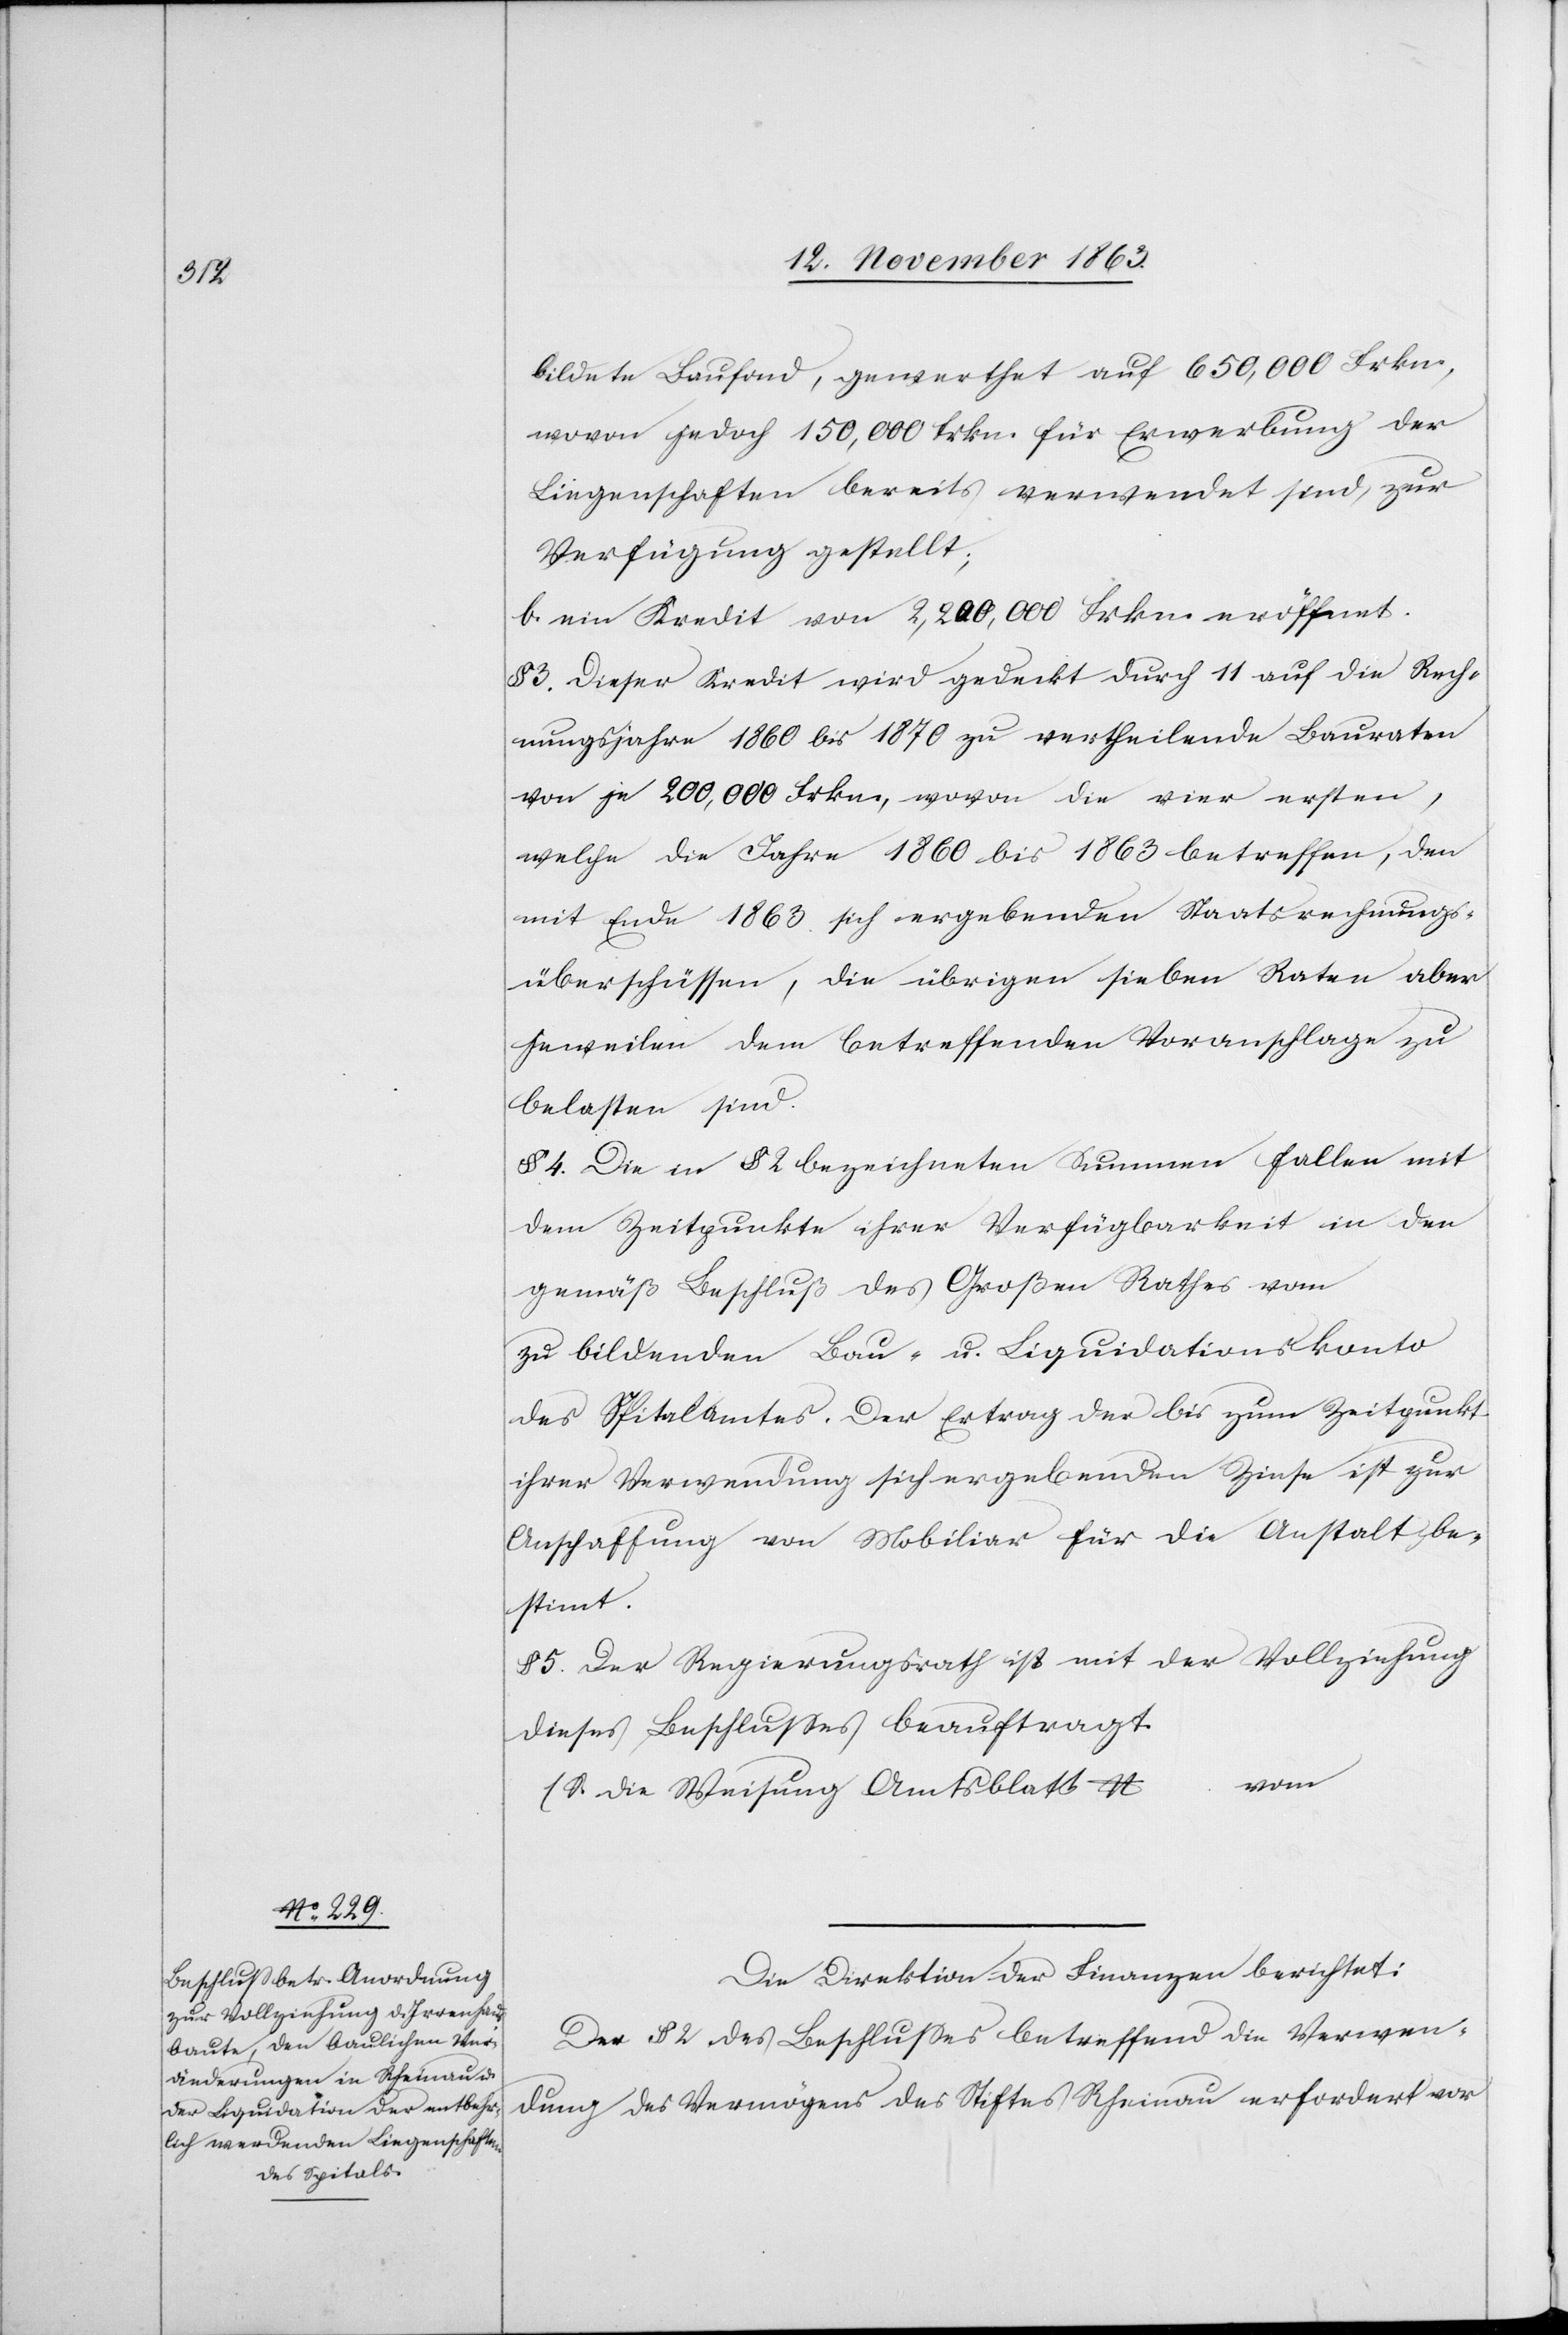
bildete Baufond, gewerthet auf 650,000 Frkn.,
wovon jedoch 150,000 frkn. für Erwerbung der
Liegenschaften bereits verwendet sind, zur
Verfügung gestellt;
b. ein Kredit von 2,200,000 Frkn. eröffnet.
3. Dieser Kredit wird gedeckt durch 11 auf die Rech¬
nungsjahre 1860 bis 1870 zu vertheilende Bauraten
von je 200,000 Frkn., wovon die vier ersten,
welche die Jahre 1860 bis 1863 betreffen, den
mit Ende 1863 sich ergebenden Staatsrechnungs¬
überschüssen, die übrigen sieben Raten aber
jeweilen dem betreffenden Voranschlage zu
belasten sind.
§ 4. Die in § 2 bezeichneten Summen fallen mit
dem Zeitpunkte ihrer Verfügbarkeit in den
gemäß Beschluß des Großen Rathes vom
zu bildenden Bau- u. Liquidationskonto
des Spitalamtes. Der Ertrag der bis zum Zeitpunkt
ihrer Verwendung sich ergebenden Zinse ist zur
Anschaffung von Mobiliar für die Anstalt be¬
stimt.
5. Der Regierungsrath ist mit der Vollziehung
dieses Beschlusses beauftragt.
(S. die Weisung Amtsblatt N … vom
Die Direktion der Finanzen berichtet:
Den § 2 des Beschlusses betreffend die Verwen¬
dung des Vermögens des Stiftes Rheinau erfordert vor